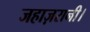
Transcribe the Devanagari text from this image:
जहाज़रानी।